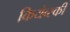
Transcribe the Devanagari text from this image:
कियेव्स्की